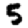
Digit: 5